Report on vaccination in Madras 1922-1929 - 1922-1929
Year: 1922
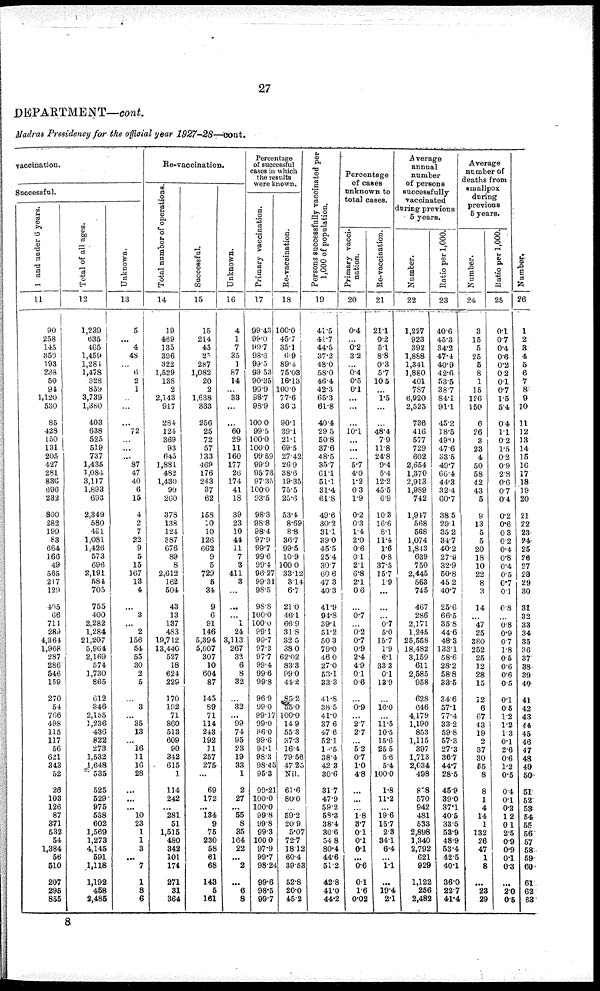
27
DEPARTMENT—cont.
Madras Presidency for the official year 1927-28—cont.
vaccination.
Successful.
1 and under 6 years.
11
90
258
145
353
193
238
50
91
1,120
530
85
428
150
131
205
427
281
836
696
232
800
282
199
83
664
166
49
565
217
129
405
66
711
289
4,364
1,968
287
286
546
159
270
54
766
498
115
117
56
621
343
52
26
103
126
87
371
532
54
1,384
56
510
207
295
855
Total of all ages.
12
1,239
635
465
1,459
1,281
1,478
328
859
3,739
1,380
403
638
525
519
737
1,435
1,084
3,117
1,893
693
2,349
580
491
1,081
1,426
573
696
2,191
584
705
755
400
2,282
1,284
21,207
5,964
2,169
574
1,730
865
612
346
2,155
1,236
436
822
273
1,532
1,648
535
525
529
975
558
602
1,569
1,273
4,145
591
1,118
1,192
458
2,485
Unknown.
13
5
...
4
48
...
6
2
1
...
...
...
72
...
...
...
87
47
40
6
15
4
2
7
22
9
5
15
167
13
4
...
3
...
2
156
54
55
30
2
5
...
3
...
35
13
...
16
11
16
28
...
...
...
10
23
1
1
3
...
7
1
8
6
Re-vaccination.
Total number of operations.
14
19
469
135
396
322
1,529
138
2
2,143
917
284
124
369
93
645
1,881
482
1,430
90
260
378
138
124
387
676
89
8
2,612
162
504
43
13
137
483
19,712
13,440
527
18
624
229
170
192
71
860
513
609
90
342
615
1
114
242
...
281
51
1,515
480
342
101
174
271
31
364
Successful.
15
15
214
45
25
287
1,082
20
2
1,638
333
256
25
72
57
133
469
176
243
37
62
158
10
10
126
662
9
5
729
5
34
9
6
91
146
5,394
5,007
307
10
604
87
145
89
71
114
243
192
11
257
275
...
69
172
...
134
9
75
230
58
61
68
143
5
161
Unknown.
16
4
1
7
35
1
87
14
...
33
...
...
60
29
11
160
177
26
174
41
18
39
23
10
44
11
7
3
411
3
...
...
...
1
24
3,113
267
32
6
8
32
...
32
...
99
74
95
23
19
33
1
2
27
...
55
8
35
164
22
...
2
...
6
8
Percentage
of successful
cases in which
the results
were known.
Primary vaccination.
17
99.43
99.0
99.7
98.6
99.5
99.53
90.35
90.9
98.7
98.9
100.0
99.5
100.0
100.0
99.59
99.9
95.76
97.35
100.0
93.5
98.8
98.8
98.4
97.9
99.7
99.6
99.4
96.27
99.31
98.5
98.8
100.0
100.0
99.1
99.7
97.3
97.7
99.4
99.6
99.8
96.9
99.0
99.17
99.0
96.0
99.6
94.1
98.3
98.45
95.3
99.21
100.0
100.0
99.8
99.8
99.3
100.0
97.9
99.7
98.24
99.6
98.5
99.7
Re-vaccination.
18
100.0
45.7
35.1
6.9
89.4
75.03
16.13
100.0
77.6
36.3
90.1
39.1
21.1
69.5
27.42
26.9
38.6
19.35
75.5
25.6
53.4
8.69
8.8
36.7
99.5
10.9
100.0
33.12
3.14
6.7
21.0
46.1
66.9
31.8
32.5
38.0
62.02
83.3
99.0
44.2
85.2
55.0
100.0
14.9
55.3
37.3
16.4
79.56
47.25
Nil.
61.6
80.0
...
59.2
20.9
5.07
72.7
18.12
60.4
39.53
52.8
20.0
45.2
Persons successfully vaccinated per
1,000 of population.
19
41.5
41.7
44.5
37.2
48.0
58.0
46.4
42.3
65.3
61.8
40.4
29.5
50.8
37.6
48.5
35.7
61.1
51.1
31.4
61.8
49.6
30.2
31.1
39.0
45.5
25.4
30.7
60.6
47.3
40.3
41.9
94.8
39.1
51.2
50.3
79.0
46.0
27.0
53.1
33.3
41.8
38.5
41.0
37.6
47.6
52.1
10.5
38.4
42.3
30.6
31.7
47.9
59.2
58.3
38.4
30.6
54.8
80.4
44.6
51.2
42.8
41.0
44.2
Percentage
of cases
unknown to
total cases.
Primary vacci-
nation.
20
0.4
...
0.2
3.2
...
0.4
0.5
0.1
...
...
...
10.1
...
...
...
5.7
4.0
1.2
0.3
1.9
0.2
0.3
1.4
2.0
0.6
0.1
2.1
6.8
2.1
0.6
...
0.7
...
0.2
0.7
0.9
2.4
4.9
0.1
0.6
...
0.9
...
2.7
2.7
...
5.2
0.7
1.0
4.8
...
...
...
1.8
3.7
0.1
0.1
0.1
...
0.6
0.1
1.6
0.02
Re-vaccination.
21
21.1
0.2
5.1
8.8
0.3
5.7
10.5
...
1.5
...
...
48.4
7.9
11.8
24.8
9.4
5.4
12.2
45.5
6.9
10.3
16.6
8.1
11.4
1.6
0.8
37.5
15.7
1.9
...
...
...
0.7
5.0
15.7
1.9
6.1
33.3
0.1
13.9
...
16.0
...
11.5
10.5
15.6
25.5
5.6
5.4
100.0
1.8
11.2
...
19.6
15.7
2.3
34.1
6.4
...
1.1
...
19.4
2.1
Average
annual
number
of persons
successfully
vaccinated
during previous
5 years.
Number.
22
1,227
923
392
1,888
1,341
1,880
401
787
6,920
2,525
736
416
577
729
602
2,654
1,370
2,913
1,989
742
1,947
568
568
1,074
1,843
639
750
2,445
563
745
467
286
2,171
1,245
25,558
18,482
3,159
611
2,585
958
628
646
4,179
1,190
853
1,115
397
1,713
2,034
498
818
570
942
481
533
2,898
1,340
2,792
621
929
1,122
256
2,482
Ratio per 1,000.
23
40.6
45.3
34.2
47.4
40.9
42.6
53.5
38.7
84.1
91.1
45.2
18.5
49.0
47.6
33.5
49.7
66.4
44.3
32.4
60.7
38.5
29.1
35.2
34.7
40.2
27.9
32.9
50.8
45.2
40.7
25.6
66.5
35.8
44.6
48.3
133.1
58.6
28.2
58.8
33.5
34.6
57.1
77.4
33.2
59.8
57.3
27.3
36.7
44.7
28.5
45.9
39.0
37.1
40.5
33.5
53.9
48.9
53.4
42.5
40.1
36.0
22.7
41.4
Average
number of
deaths from
smallpox
during
previous
5 years.
Number.
24
3
15
5
25
5
8
1
15
126
150
6
26
3
23
4
50
58
42
43
5
9
13
5
5
20
18
10
22
8
3
14
...
47
25
380
252
25
12
28
15
12
6
67
43
19
2
37
30
55
8
8
1
4
14
1
132
26
47
1
8
...
23
29
Ratio per 1,000.
25
0.1
0.7
0.4
0.6
0.2
0.2
0.1
0.7
1.5
5.4
0.4
1.1
0.2
1.5
0.2
0.9
2.8
0.6
0.7
0.4
0.2
0.6
0.3
0.2
0.4
0.8
0.4
0.5
0.7
0.1
0.8
...
0.8
0.9
0.7
1.8
0.5
0.6
0.6
0.5
0.1
0.5
1.2
1.2
1.3
0.1
2.6
0.6
1.2
0.5
0.4
0.1
0.3
1.2
0.1
2.5
0.9
0.9
0.1
0.3
...
2.0
0.5
Number.
26
1
2
3
4
5
6
7
8
9
10
11
12
13
14
15
16
17
18
19
20
21
22
23
24
25
26
27
28
29
30
31
32
33
34
35
36
37
38
39
40
41
42
43
44
45
46
47
48
49
50
51
52
53
54
55
56
57
58
59
60
61
62
63
8